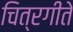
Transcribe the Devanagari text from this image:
चित्रगीते